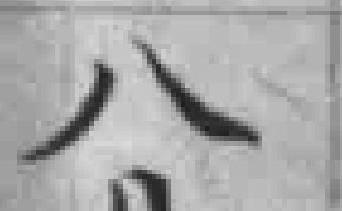
八